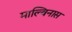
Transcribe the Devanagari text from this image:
माल्विनास